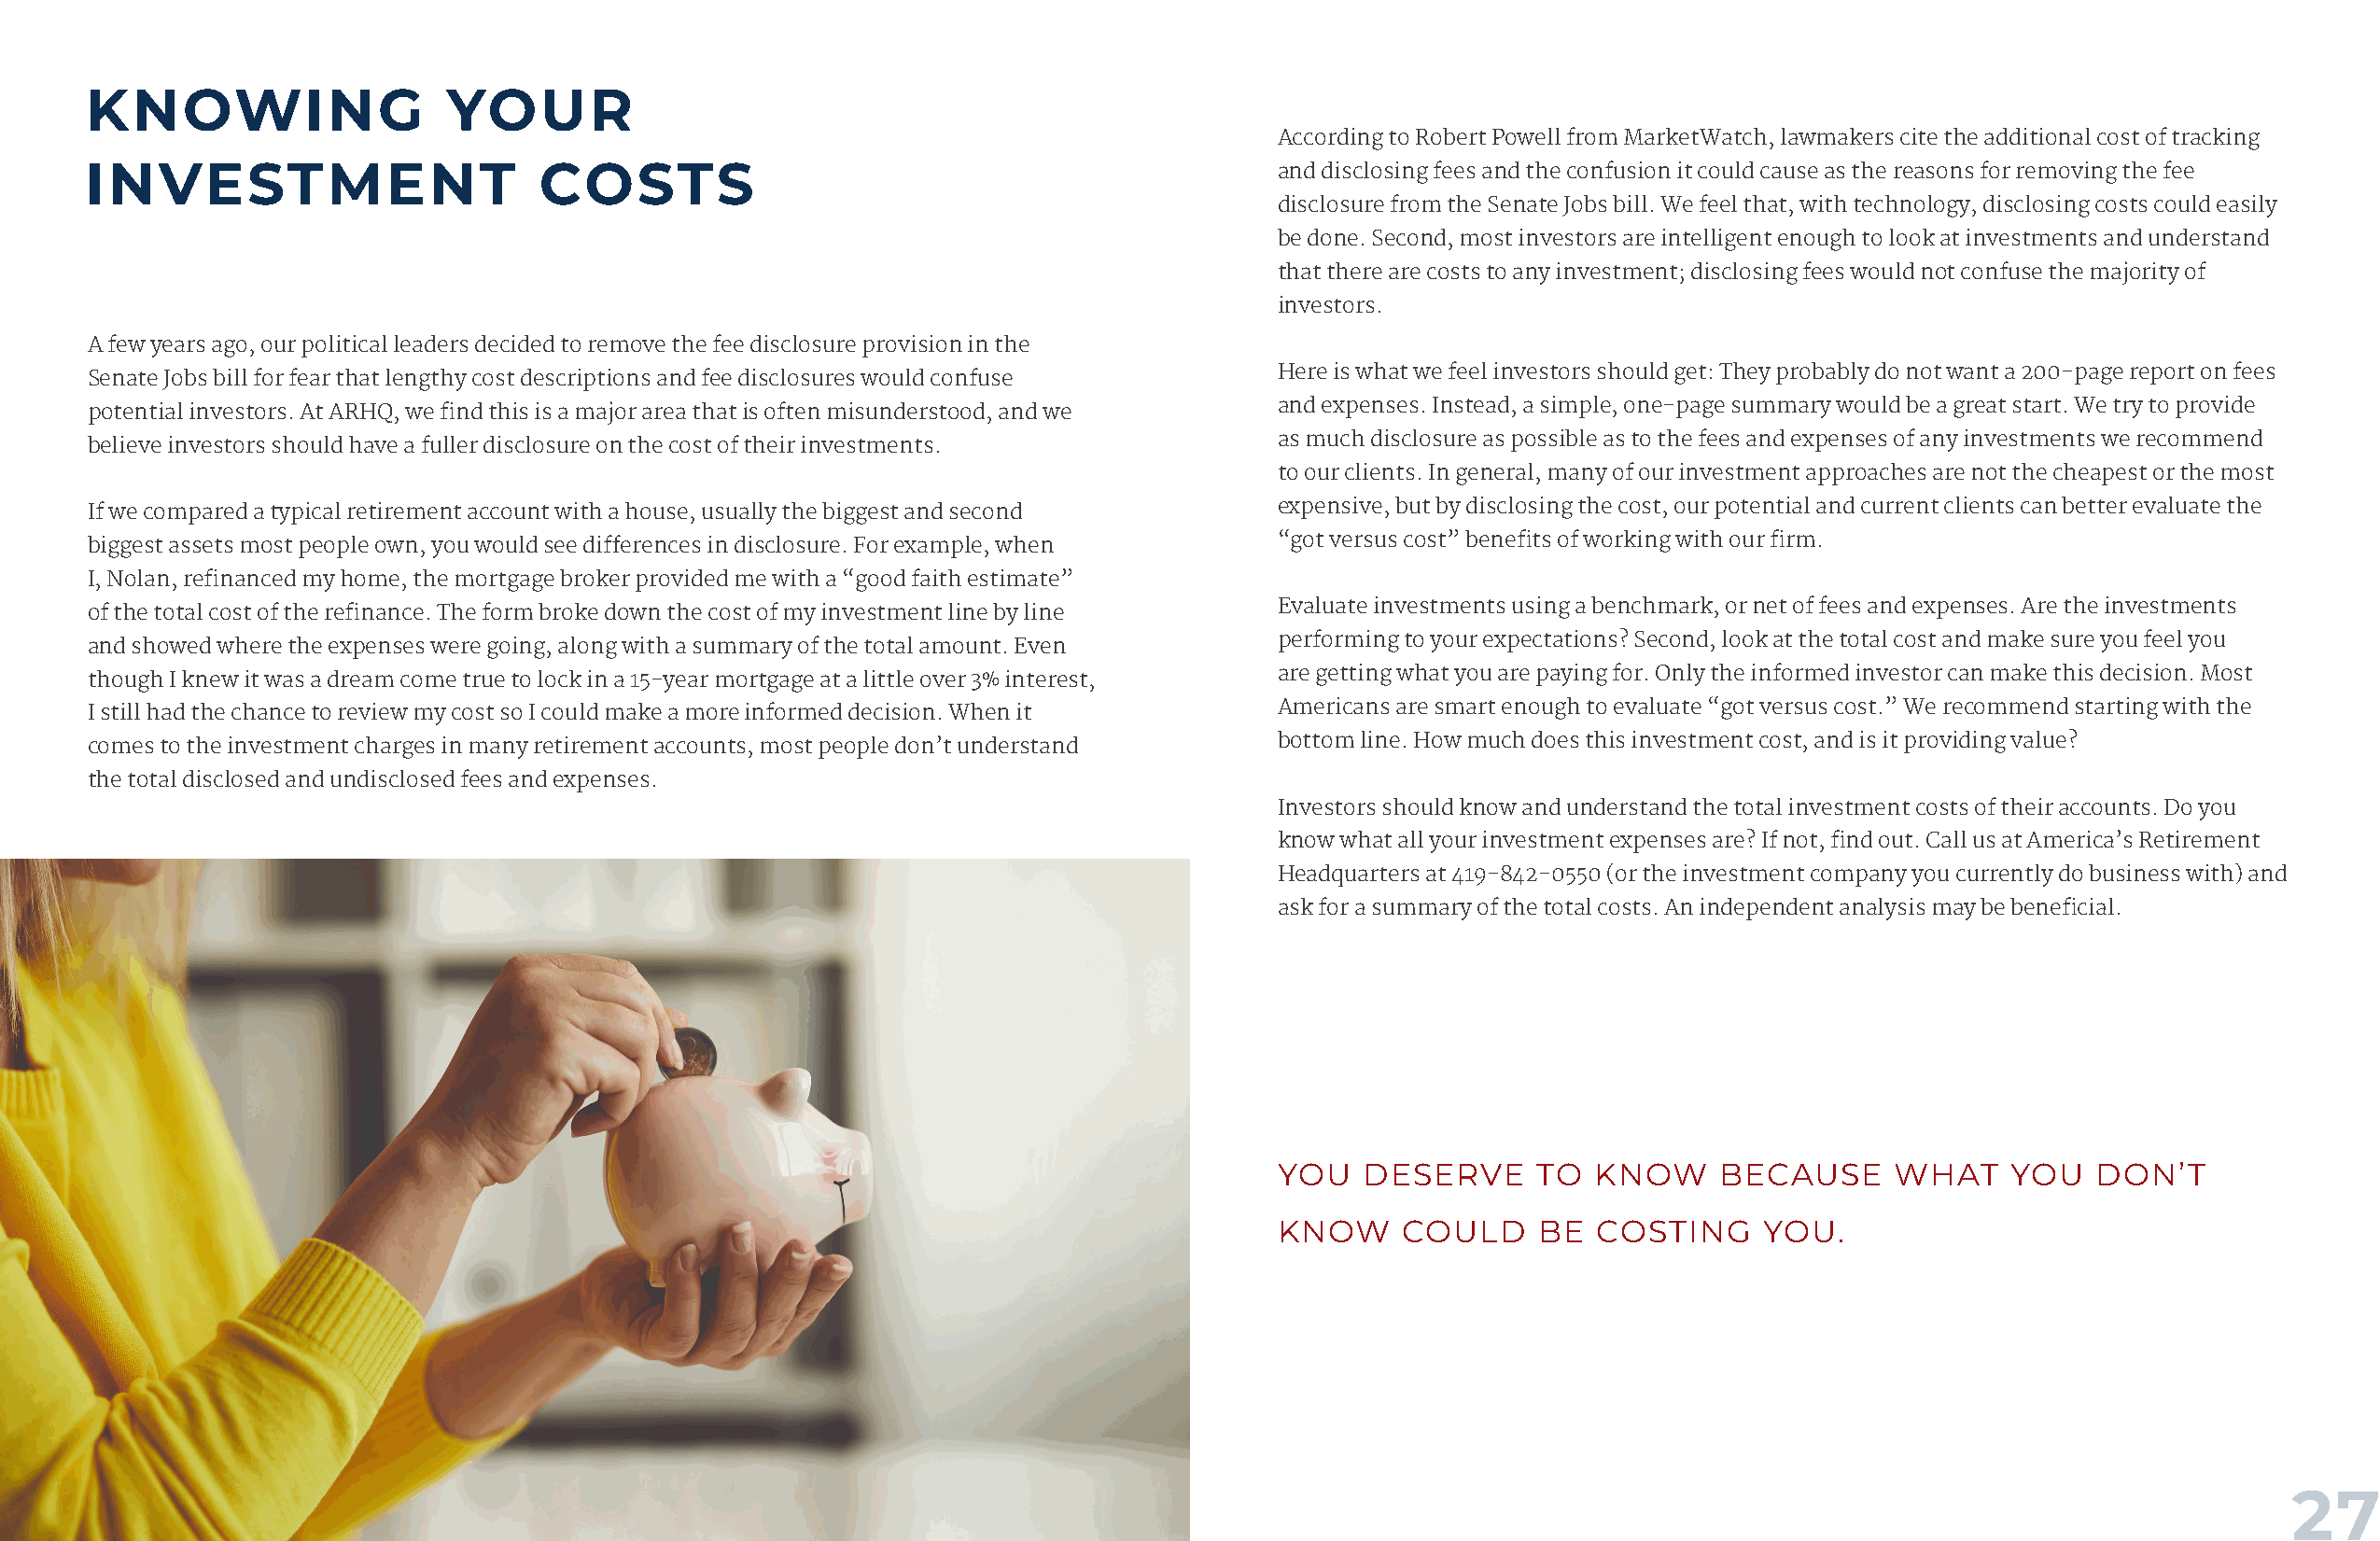
KNOWING                   YOUR
 According to Robert Powell from MarketWatch, lawmakers cite the additional cost of tracking
 INVESTMENT                      COSTS
 and disclosing fees and the confusion it could cause as the reasons for removing the fee
 disclosure from the Senate Jobs bill. We feel that, with technology, disclosing costs could easily
 be done. Second, most investors are intelligent enough to look at investments and understand
 that there are costs to any investment; disclosing fees would not confuse the majority of
 investors.
 A few years ago, our political leaders decided to remove the fee disclosure provision in the
 Here is what we feel investors should get: They probably do not want a 200-page report on fees
 Senate Jobs bill for fear that lengthy cost descriptions and fee disclosures would confuse
 and expenses. Instead, a simple, one-page summary would be a great start. We try to provide
 potential investors. At ARHQ, we find this is a major area that is often misunderstood, and we
 as much disclosure as possible as to the fees and expenses of any investments we recommend
 believe investors should have a fuller disclosure on the cost of their investments.
 to our clients. In general, many of our investment approaches are not the cheapest or the most
 expensive, but by disclosing the cost, our potential and current clients can better evaluate the
 If we compared a typical retirement account with a house, usually the biggest and second
 “got versus cost” benefits of working with our firm.
 biggest assets most people own, you would see differences in disclosure. For example, when
 I, Nolan, refinanced my home, the mortgage broker provided me with a “good faith estimate”
 Evaluate investments using a benchmark, or net of fees and expenses. Are the investments
 of the total cost of the refinance. The form broke down the cost of my investment line by line
 performing to your expectations? Second, look at the total cost and make sure you feel you
 and showed where the expenses were going, along with a summary of the total amount. Even
 are getting what you are paying for. Only the informed investor can make this decision. Most
 though I knew it was a dream come true to lock in a 15-year mortgage at a little over 3% interest,
 Americans are smart enough to evaluate “got versus cost.” We recommend starting with the
 I still had the chance to review my cost so I could make a more informed decision. When it
 bottom line. How much does this investment cost, and is it providing value?
 comes to the investment charges in many retirement accounts, most people don’t understand
 the total disclosed and undisclosed fees and expenses.
 Investors should know and understand the total investment costs of their accounts. Do you
 know what all your investment expenses are? If not, find out. Call us at America’s Retirement
 Headquarters at 419-842-0550 (or the investment company you currently do business with) and
 ask for a summary of the total costs. An independent analysis may be beneficial.
 YOU   DESERVE     TO  KNOW     BECAUSE     WHAT     YOU   DON’T
 KNOW    COULD     BE  COSTING     YOU.
 26                                                                                                                                                                 27